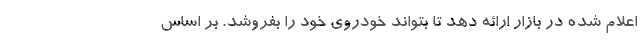
اعلام شده در بازار ارائه دهد تا بتواند خودروی خود را بفروشد. بر اساس